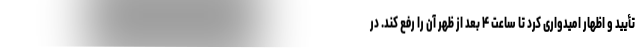
تأیید و اظهار امیدواری کرد تا ساعت ۴ بعد از ظهر آن را رفع کند. در